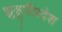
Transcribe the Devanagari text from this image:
झुडूपीप्रदेश